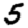
Digit: 5